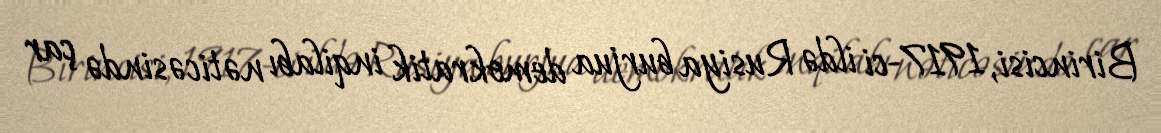
Birincisi, 1917-ci ildə Rusiya burjua demokratik inqilabı nəticəsində çar